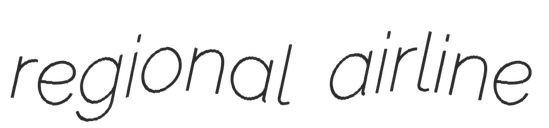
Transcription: regional airline